Civil Veterinary Department. Madras. Admin. report 1926-33 - 1926-1933
Year: 1926
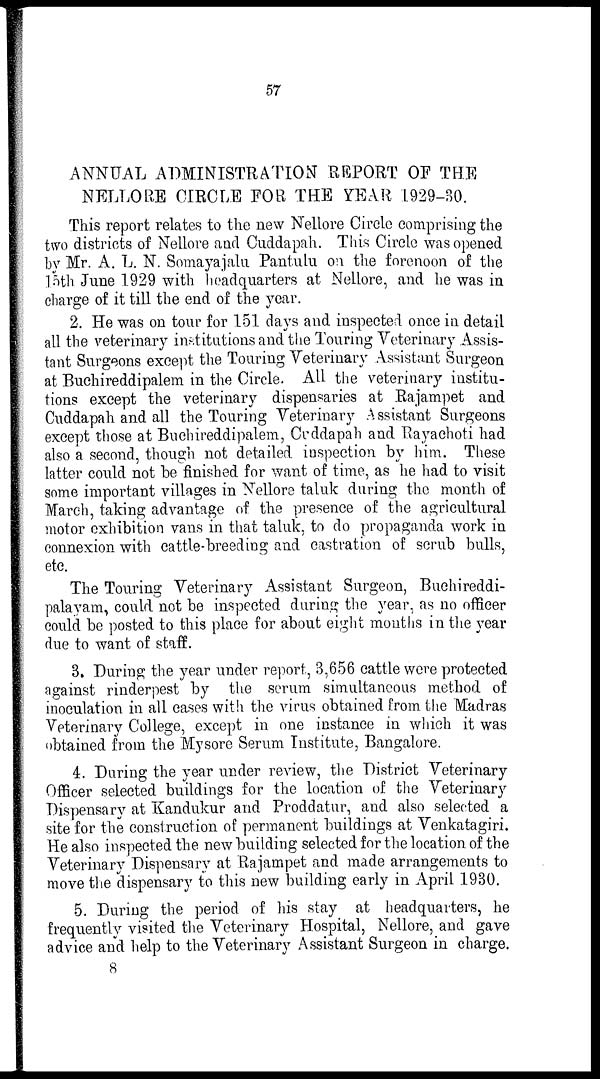
57
ANNUAL ADMINISTRATION REPORT OF THE
NELLORE CIRCLE FOR THE YEAR 1929-30.
This report relates to the new Nellore Circle comprising the
two districts of Nellore and Cuddapah. This Circle was opened
by Mr. A. L. N. Somayajalu Pantulu on the forenoon of the
15th June 1929 with headquarters at Nellore, and he was in
charge of it till the end of the year.
2. He was on tour for 151 days and inspected once in detail
all the veterinary institutions and the Touring Veterinary Assis-
tant Surgeons except the Touring Veterinary Assistant Surgeon
at Buchireddipalem in the Circle. All the veterinary institu-
tions except the veterinary dispensaries at Rajampet and
Cuddapah and all the Touring Veterinary Assistant Surgeons
except those at Buchireddipalem, Cuddapah and Rayachoti had
also a second, though not detailed inspection by him. These
latter could not be finished for want of time, as he had to visit
some important villages in Nellore taluk during the month of
March, taking advantage of the presence of the agricultural
motor exhibition vans in that taluk, to do propaganda work in
connexion with cattle-breeding and castration of scrub bulls,
etc.
The Touring Veterinary Assistant Surgeon, Buchireddi-
palayam, could not be inspected during the year, as no officer
could be posted to this place for about eight months in the year
due to want of staff.
3. During the year under report, 3,656 cattle were protected
against rinderpest by the serum simultaneous method of
inoculation in all cases with the virus obtained from the Madras
Veterinary College, except in one instance in which it was
obtained from the Mysore Serum Institute, Bangalore.
4. During the year under review, the District Veterinary
Officer selected buildings for the location of the Veterinary
Dispensary at Kandukur and Proddatur, and also selected a
site for the construction of permanent buildings at Venkatagiri.
He also inspected the new building selected for the location of the
Veterinary Dispensary at Rajampet and made arrangements to
move the dispensary to this new building early in April 1930.
5. During the period of his stay at headquarters, he
frequently visited the Veterinary Hospital, Nellore, and gave
advice and help to the Veterinary Assistant Surgeon in charge.
8